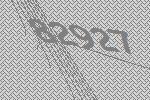
82927